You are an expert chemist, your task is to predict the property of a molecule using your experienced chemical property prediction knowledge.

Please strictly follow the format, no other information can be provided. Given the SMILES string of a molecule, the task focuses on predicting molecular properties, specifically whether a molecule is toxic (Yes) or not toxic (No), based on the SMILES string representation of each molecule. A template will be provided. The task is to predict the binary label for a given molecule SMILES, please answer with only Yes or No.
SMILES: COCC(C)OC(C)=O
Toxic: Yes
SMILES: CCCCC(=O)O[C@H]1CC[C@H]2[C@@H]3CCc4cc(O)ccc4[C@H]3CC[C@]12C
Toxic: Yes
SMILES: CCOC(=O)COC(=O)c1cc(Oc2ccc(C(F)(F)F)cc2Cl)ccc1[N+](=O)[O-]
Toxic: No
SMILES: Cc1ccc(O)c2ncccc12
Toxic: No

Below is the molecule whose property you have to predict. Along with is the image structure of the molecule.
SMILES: COc1ccc(N=[N+]([O-])c2ccc(OC)cc2)cc1
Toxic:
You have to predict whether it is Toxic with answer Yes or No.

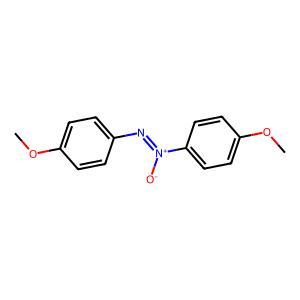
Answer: Yes